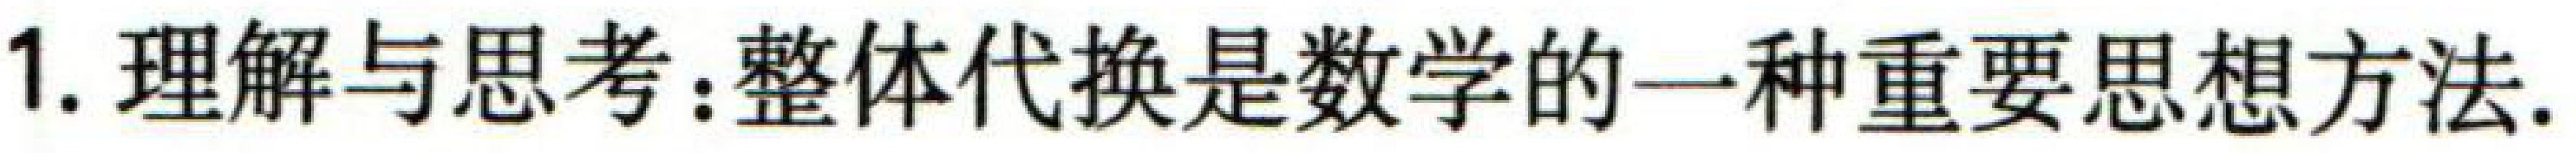
1. 理解与思考：整体代换是数学的一种重要思想方法.